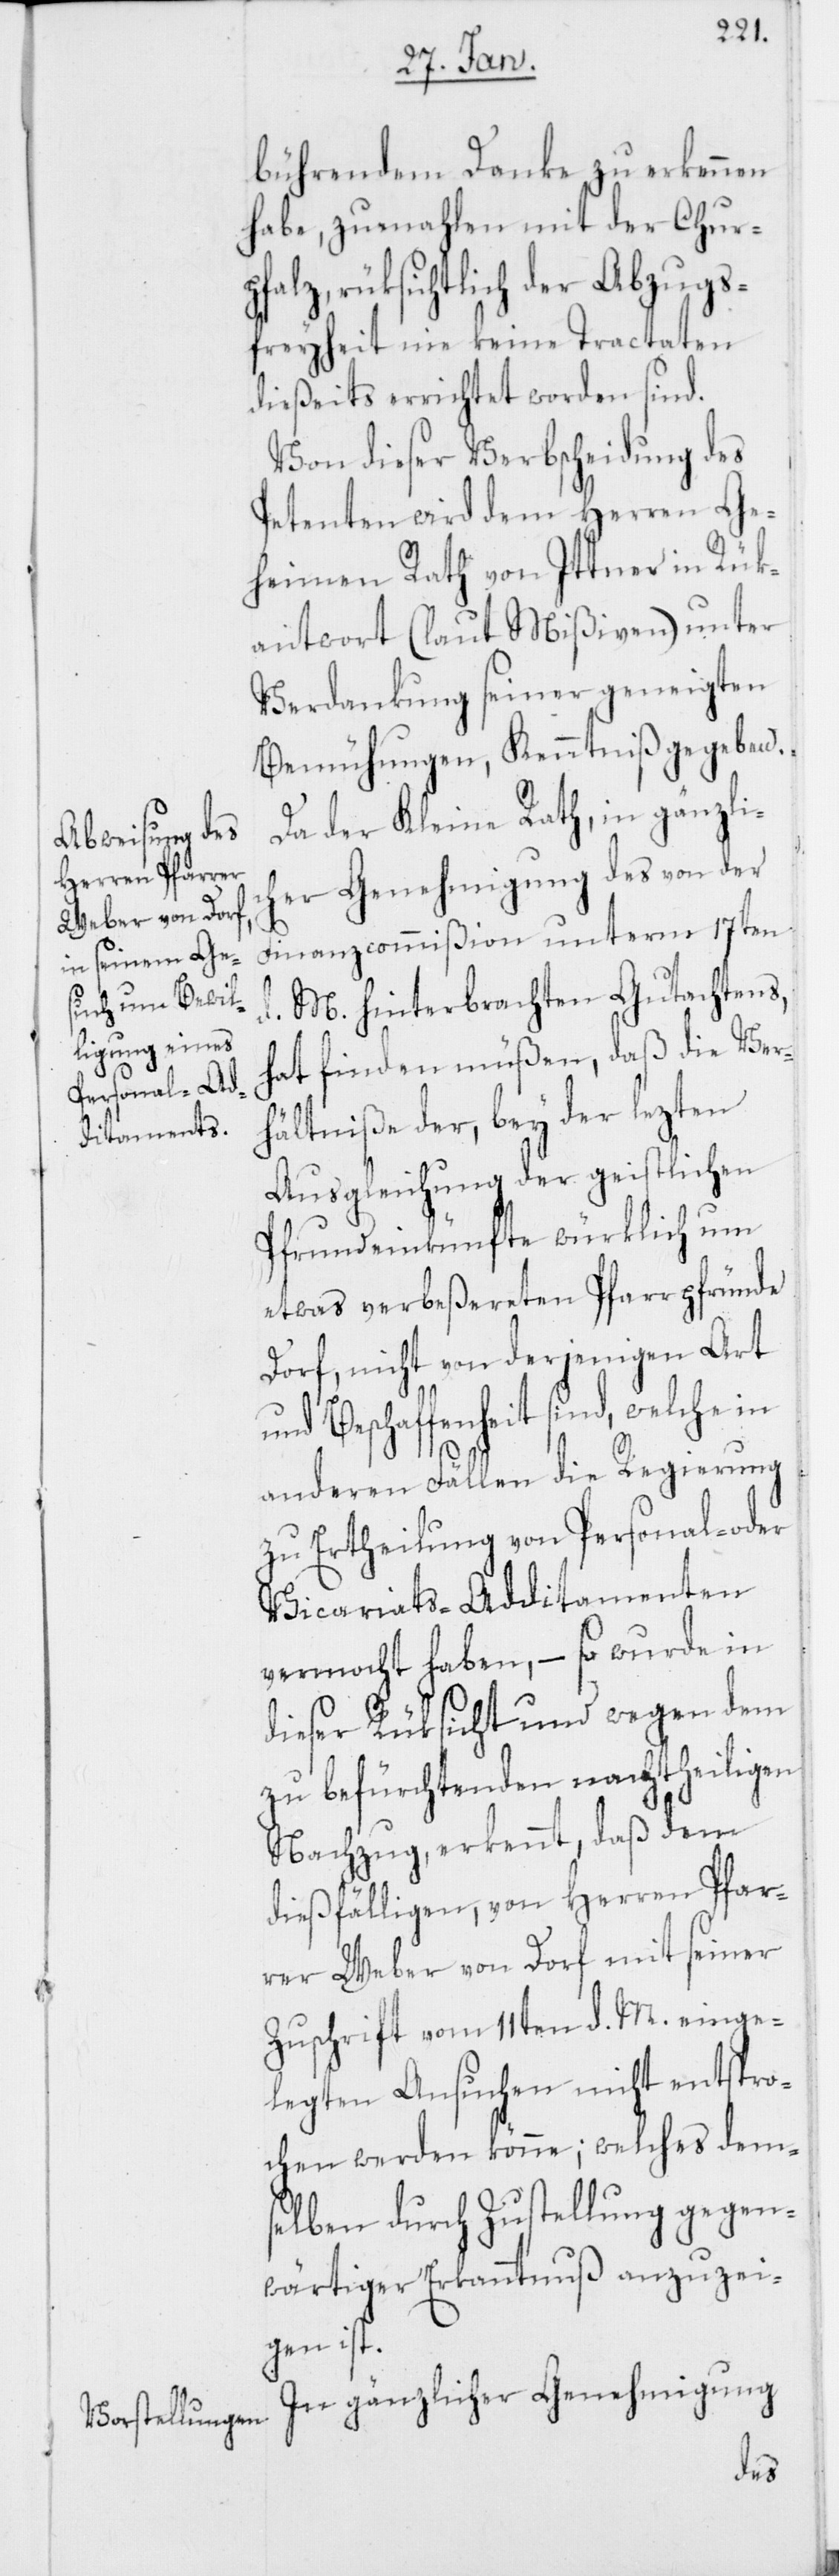
bührendem Danke zu erkennen
habe, zumahlen mit der Chur¬
pfalz, rüksichtlich der Abzugs¬
freyheit nie keine Tractaten
dießeits errichtet worden sind.
Von dieser Verbscheidung des
Petenten wird dem Herren Ge¬
heimen Rath von Ittner in Rük¬
antwort (laut Mißiven) unter
Verdankung seiner geneigten
Bemühungen, Kenntniß gegeben.
Da der Kleine Rath, in gänzli¬
cher Genehmigung des von der
Finanzcommißion unterm 17ten
d. M. hinterbrachten Gutachtens,
hat finden müßen, daß die Ver¬
hältniße der, bey der lezten
Ausgleichung der geistlichen
Pfrundeinkünfte würklich um
etwas verbeßereten Pfarrpfründe
Dorf, nicht von derjenigen Art
und Beschaffenheit sind, welche in
anderen Fällen die Regierung
zu Ertheilung von Personal- oder
Vicariats-Additamenten
vermocht haben, – so wurde in
dieser Rüksicht und wegen dem
zu befürchtenden nachtheiligen
Nachzug, erkennt, daß dem
dießfälligen, von Herren Pfar¬
rer Weber von Dorf mit seiner
Zuschrift vom 11ten d. M. einge¬
legten Ansuchen nicht entspro¬
chen werden könne; welches dem¬
selben durch Zustellung gegen¬
wärtiger Erkanntnuß anzuzei¬
gen ist.
In gänzlicher Genehmigung